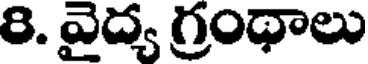
8. వైద్య గ్రంథాలు